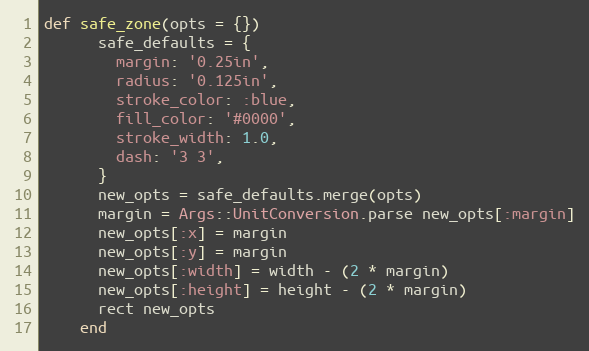
Language: Ruby
def safe_zone(opts = {})
      safe_defaults = {
        margin: '0.25in',
        radius: '0.125in',
        stroke_color: :blue,
        fill_color: '#0000',
        stroke_width: 1.0,
        dash: '3 3',
      }
      new_opts = safe_defaults.merge(opts)
      margin = Args::UnitConversion.parse new_opts[:margin]
      new_opts[:x] = margin
      new_opts[:y] = margin
      new_opts[:width] = width - (2 * margin)
      new_opts[:height] = height - (2 * margin)
      rect new_opts
    end